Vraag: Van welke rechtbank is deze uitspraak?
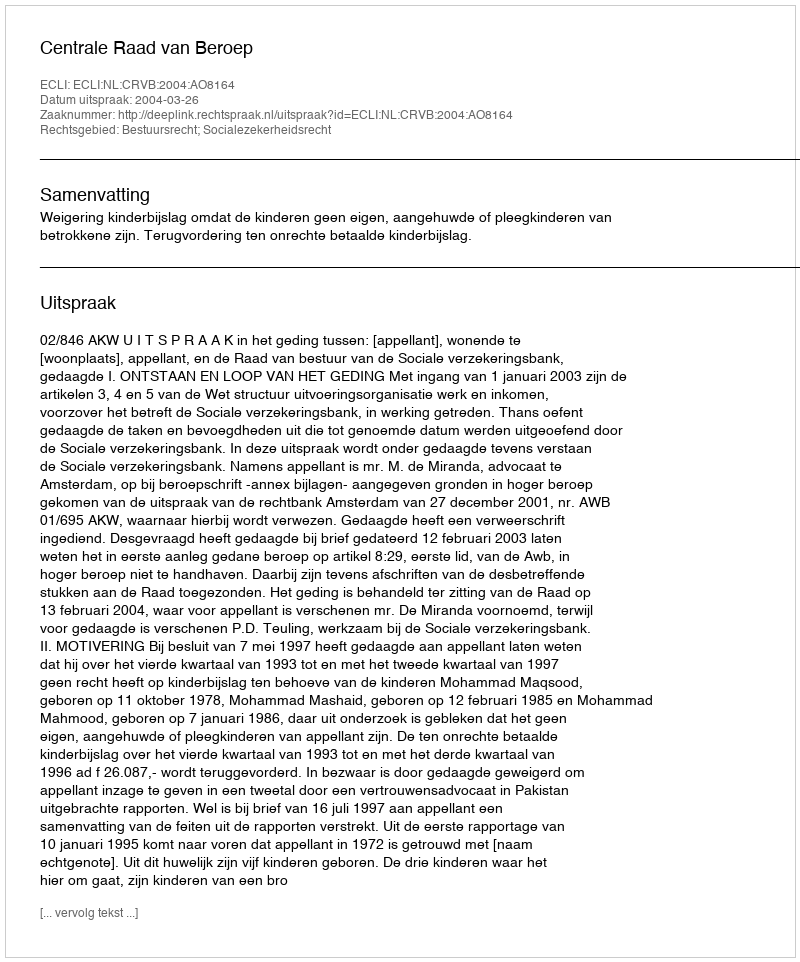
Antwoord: Centrale Raad van Beroep